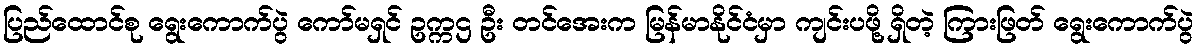
ပြည်ထောင်စု ရွေးကောက်ပွဲ ကော်မရှင် ဥက္ကဌ ဦး တင်အေးက မြန်မာနိုင်ငံမှာ ကျင်းပဖို့ ရှိတဲ့ ကြားဖြတ် ရွေးကောက်ပွဲ